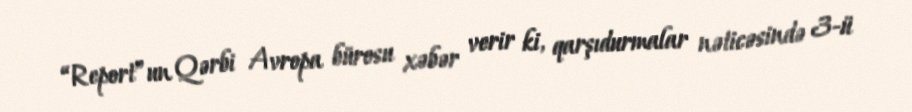
“Report”un Qərbi Avropa bürosu xəbər verir ki, qarşıdurmalar nəticəsində 3-ü